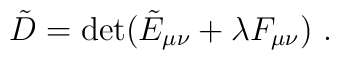
\tilde{D}=\det (\tilde{E}_{\mu\nu}+\lambda F_{\mu\nu}) \ .